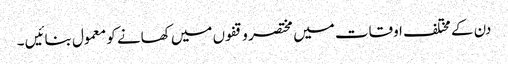
دن کے مختلف اوقات میں مختصر وقفوں میں کھانے کو معمول بنائیں ۔